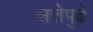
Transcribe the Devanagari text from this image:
सत्तेपुढे